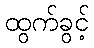
ထွက်ခွင့်